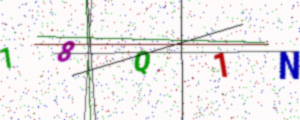
Text: 18Q1N